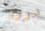
دوود